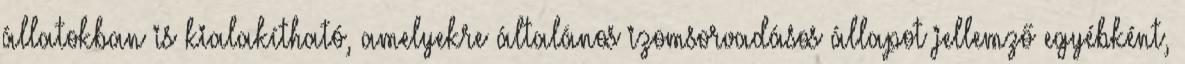
állatokban is kialakítható, amelyekre általános izomsorvadásos állapot jellemző egyébként,